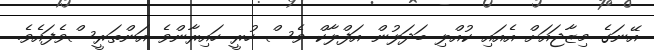
އޭނަގެ މިޒާޖައަށް އެއައި ކުއްލި ބަދަލުން އަފްލާކް ވެސް ހުރީ ހައިރާންވެ އަންތަރީސްވެފައެވެ.